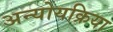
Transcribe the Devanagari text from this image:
अन्योयक्रिया